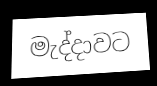
මැද්දාවට